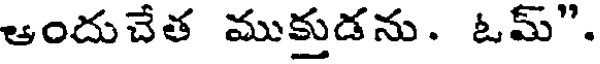
ఆందుచేత ముక్తుడను. ఓమ్".